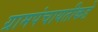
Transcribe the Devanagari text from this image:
ग्रामपंचायतीकडे